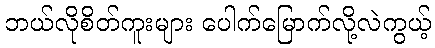
ဘယ်လိုစိတ်ကူးများ ပေါက်မြောက်လို့လဲကွယ့်